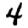
Digit: 4